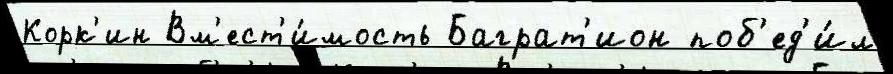
Корк'ин Вм'ест'и́мость Баграт'ион поб'ед'и́л